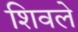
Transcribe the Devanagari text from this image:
शिवले